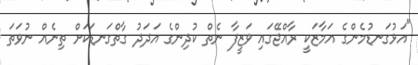
"އަޅުގަނޑުމެންގެ އަމާޒަކީ ރާއްޖޭގައި ވަޒީފާ ނެތް ކުދިންގެ އަދަދު ގާތްގަނޑަކަށް ތިނެއް ނުވަތަ